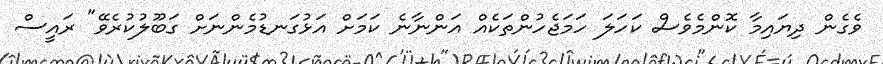
ވެގެން ދިޔައިމާ ކޮންމެވެސް ކަހަލަ ހަމަޖެހުންތަކެއް އަންނާނެ ކަމަށް އަޅުގަނޑުމެންނަށް ގަބޫލުކުރެވޭ" ރައީސް